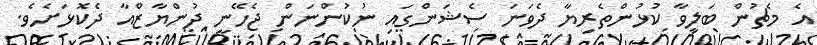
އެ މެޗުން ބަލިވާ ކުޅުންތެރިޔާ ދެވަނަ ސެޝަންގައި ނުކުންނަން ޖެހޭނީ ދުންޔާޒްއާ ދެކޮޅަށެވެ.